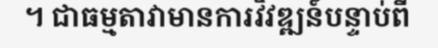
។ ជាធម្មតាវាមានការវិវឌ្ឍន៍បន្ទាប់ពី